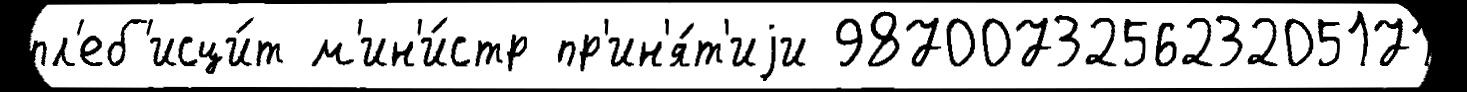
пл'еб'исци́т м'ин'и́стр пр'ин'я́т'иjи 987007325623205171